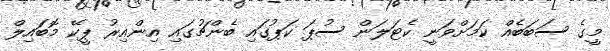
މީގެ ސަބަބެއް ކަމަށްވަނީ ކެޓަލަން ސުޕަ ކަޕުގައި ބެންޗުގައި އިންއިރު ޕީކޭ މޮބައިލް